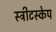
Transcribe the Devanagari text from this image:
स्ट्रीटस्केप